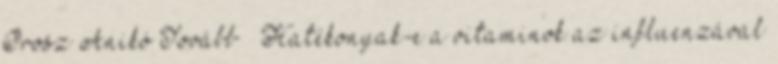
Orosz Anikó Tovább » Hatékonyak-e a vitaminok az influenzával